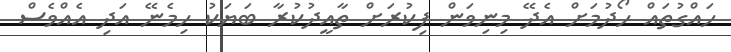
ހައްގުތައް ހޯދުމަށް އެދޭ މިނިވަން ފިކުރަށް ތާއީދުކުރާ ބަޔަކު ހިމެނޭ އަދި އެއްވެސް